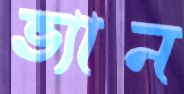
ভ্যান